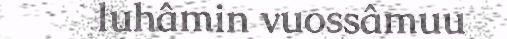
luhâmin vuossâmuu